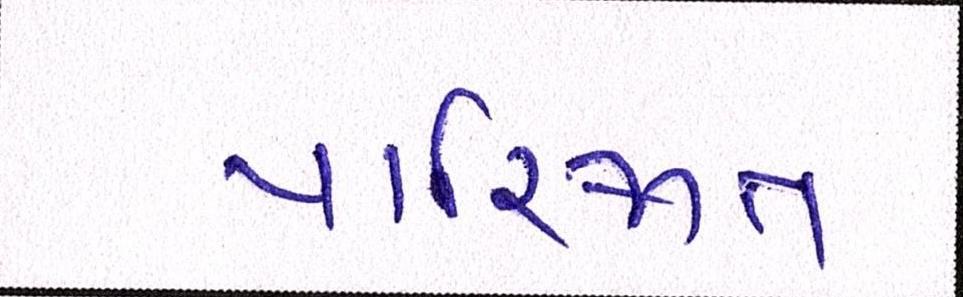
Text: પારિજાત